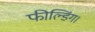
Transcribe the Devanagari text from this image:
फील्डिंग।